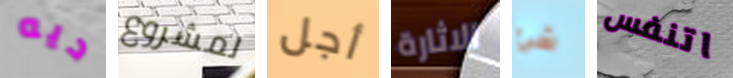
ديه لمشروع أجل الاثارة شئ اتنفس